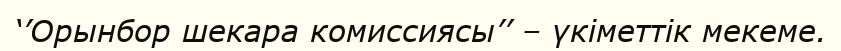
‘’Орынбор шекара комиссиясы’’ – үкіметтік мекеме.